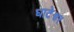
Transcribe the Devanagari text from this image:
घाटेश्वर